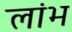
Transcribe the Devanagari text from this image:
लांभ